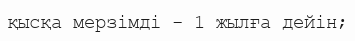
қысқа мерзімді - 1 жылға дейін;